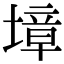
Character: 墇